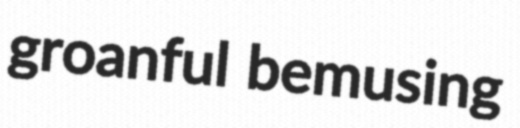
groanful bemusing